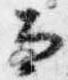
而